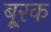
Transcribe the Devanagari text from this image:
बू्रक